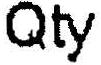
QTY